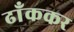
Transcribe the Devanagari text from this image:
ढाँककर